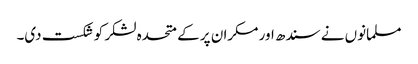
مسلمانوں نے سندھ اور مکران پر کے متحدہ لشکر کو شکست دی۔